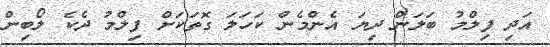
އަދި ފިލްމު ބަލަން ދިޔަ އެންމެން ކަހަލަ ގޮތަކަށް ފިލްމު ދެކެ ލޯބިން